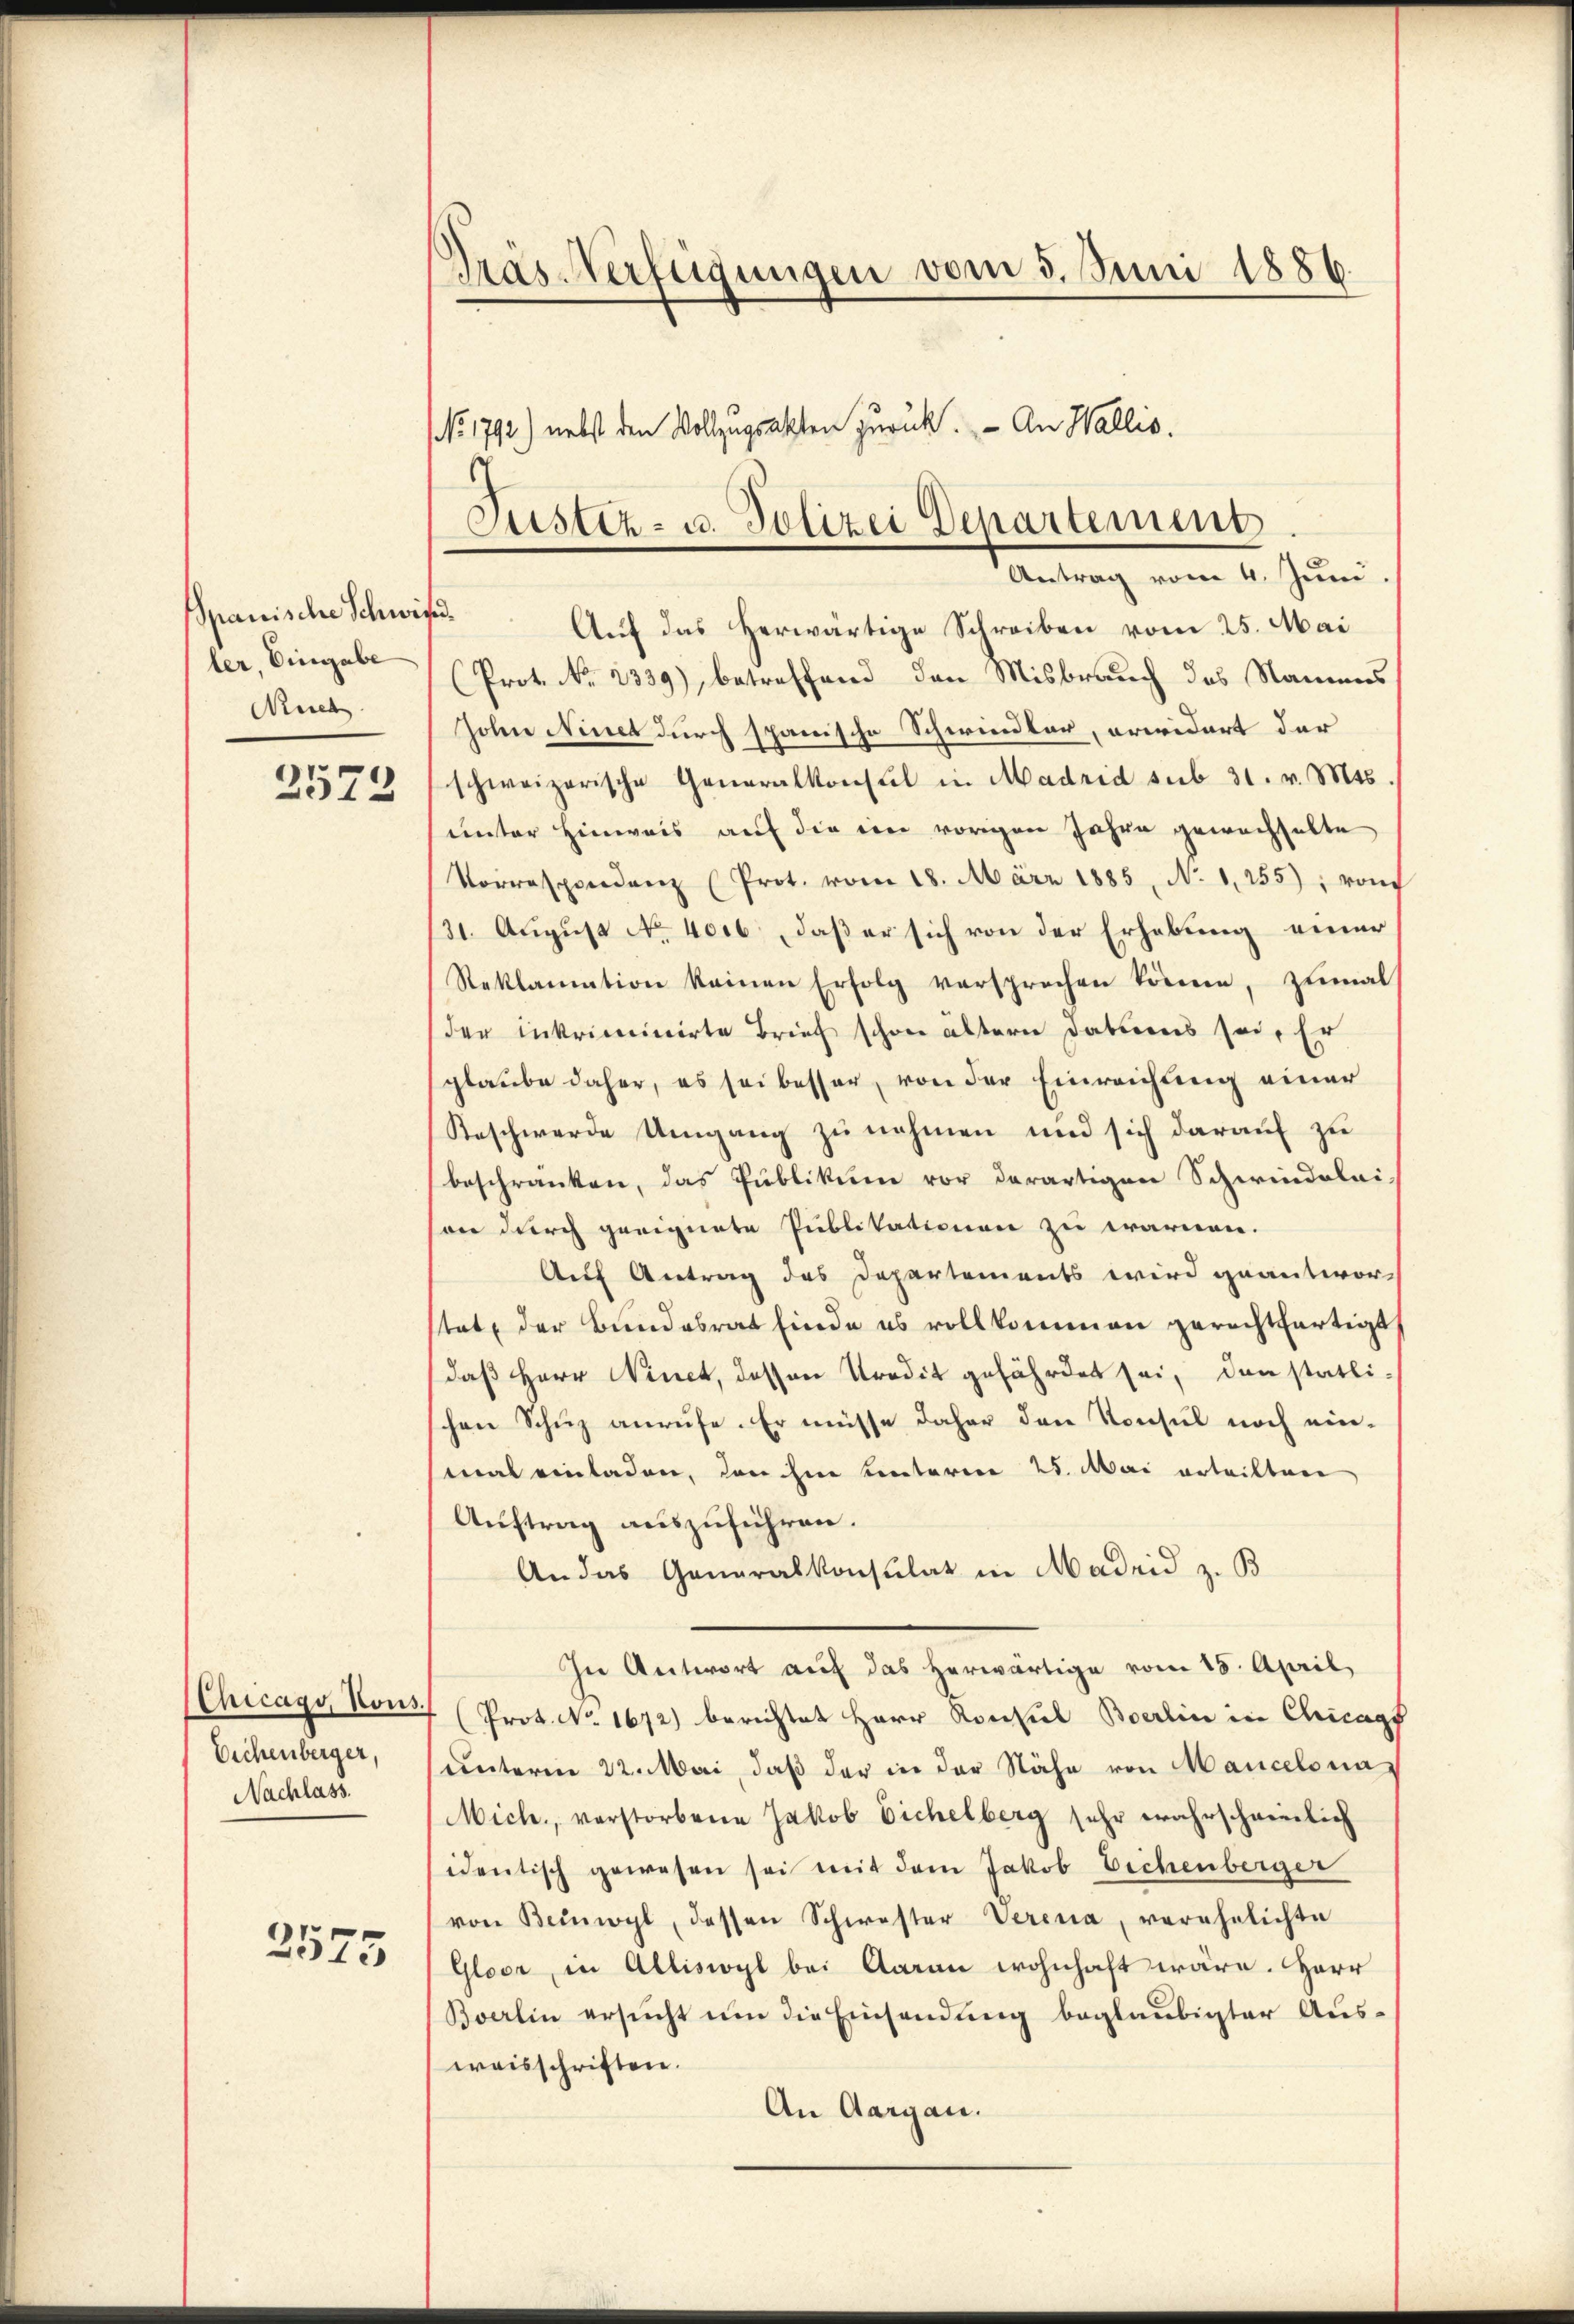
Spanische Schwird.
ler, Eingabe
Ruch
2572

Eichenberger,
Nachlass.

2575

Präs. Verfügungen vom 5. Juni 1886.

NNo. 1792.) nebst den Vollzugsakten zurück. - An Wallis.
Antrag vom 4. Juni.
Auf das herwärtige Schreiben vom 25. Mai
(Prot. No. 2339), betreffend den Misbrauch des Namens
Zohne Ninet durch spanische Schwindler, erwidert der
schweizerische Generalkonsul in Madrid sub 31. v. Mts.
unter Hinweis auf die ein vorigen Jahre gewachhalte
Vorrespondenz (Prot. vom 18. März 1885, No 1255), von
131. August No. 4016, daß er sich von der Erhebung einer
Reklamation keinen Erfolg versprechen könne, zumal
der Inkriminirte Brief schon ältern datums sei. Er
glaube daher, es sei besser, von der Einreichung einer
Beschwerde Umgang zu nehmen und sich darauf zu
beschränken, das Publikum vor derartigen Schwindelai-
son durch geeignete Publikationen zu warnen.
Auf Antrag des Departements wird geantwor-
stet, der Bundesrat finde es vollkommen gerechtfertigt
daß Herr Ninct, dessen Predit gefährdet sei, den statli-
schen Schuz anrufe. Er müsse daher den Konsul noch einmal einladen, den ihne Centarien 25. Mai erteilten
Auftrag auszuführen.
An das Generalkonsulat in Madrid z. B
In Antwort auf das herwärtige vom 15. April,
(Chicagy Nous (Prot. No. 1672) berichtet Herr Konsul Berlin in Chicags
unterm 22. Mai, daß der in der Nähe von Mancelona¬
Mich., verstorbene Jakob Eichelberg sehr wahrschweinlich
identisch gewesen sei mit dem Jakob Eichenberger
von Beinwyl, dessen Schwester Verena, verehelichte
Gloor, in Alliswyl bei Aarau wohnhaft wäre. Herr
Bverlin ersucht um die Einsendung beglaubigter Ausweisschriften.
An Aargau.

Justiz- u. Polizei Departement